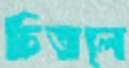
চিতলে